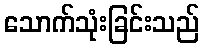
သောက်သုံးခြင်းသည်